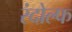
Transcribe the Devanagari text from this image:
रंदोल्फ